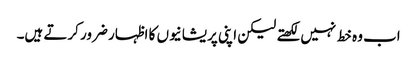
اب وہ خط نہیں لکھتے لیکن اپنی پریشانیوں کا اظہار ضرور کرتے ہیں۔